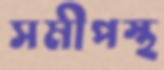
সমীপস্থ